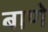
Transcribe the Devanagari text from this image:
बाणे